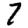
Digit: 7